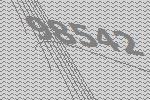
98542